Lunatic asylums in Bengal annual reports 1899-1911 - 1899-1911
Year: 1899
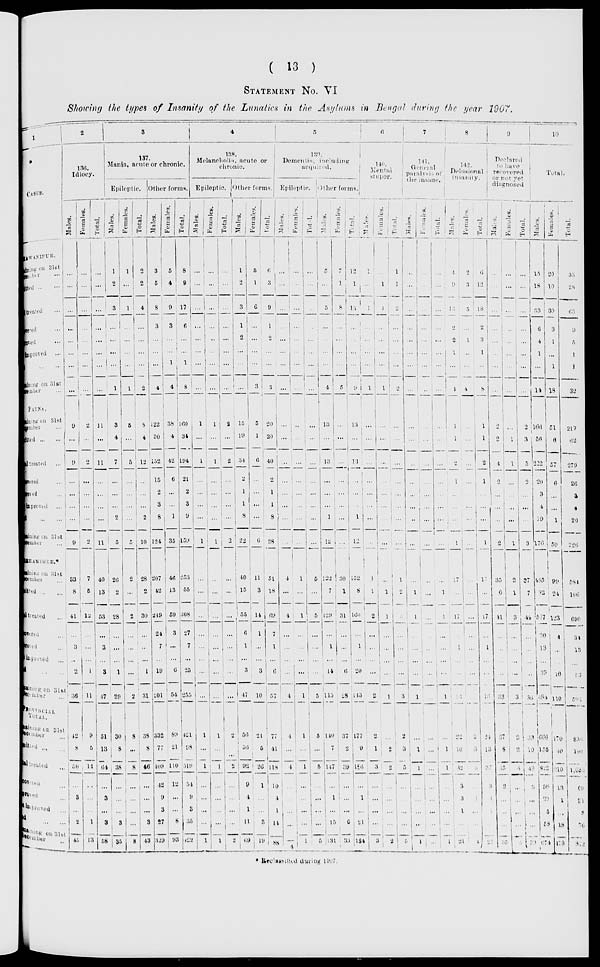
( 13 )
STATEMENT No. VI
Showing the types of Insanity of the Lunatics in the Asylums in Bengal during the year 1907.
1
CASES.
BHAWANIPUR.
Remaining on 31st
December . . .
Died ... ...
Total treated ...
Recovered ...
Improved ...
Not improved ...
Died ...
Remai ni ng on 31 st
December ...
PATNA.
Remaining
on 31st
December ...
Admitted ... ...
Total treated
...
Recovered ...
Improved ...
Not improved ...
Died ... ...
Remaining on 31 st
December ...
BERHAMPORE.
Remaining on 31st
December ...
Admitted ... ...
Total treated ...
Recovered ...
Improved ...
Not improved ...
Died ... ...
Remaining on 31st
December ...
PROVINCIAL
TOTAL.
Remaining on 31st
December ...
Admitted ... ...
Total treated ...
Recovered ...
Improved ...
Not improved ...
Died ... ...
Remaining on 31st
December ...
2
136.
Idiocy.
Males.
...
...
...
...
...
...
...
...
9
...
9
...
...
...
...
9
33
8
41
...
3
...
2
36
42
8
50
...
3
...
2
45
Females.
...
...
...
...
...
...
...
...
2
...
2
...
...
...
...
2
7
5
12
...
...
...
1
11
9
5
14
...
...
...
1
13
Total.
...
...
...
...
...
...
...
...
11
...
11
...
...
...
...
11
40
13
53
...
3
...
3
47
51
13
64
...
3
...
3
58
3
137.
Mania, acute or chronic.
Epileptic.
Males.
1
2
3
...
...
...
...
1
3
4
7
...
...
...
2
5
26
2
28
...
...
...
1
29
30
8
38
...
...
...
3
35
Females.
1
...
1
...
...
...
...
1
5
...
5
...
...
...
...
5
2
...
2
...
...
...
...
2
8
...
8
...
...
...
...
8
Total.
2
2
4
...
...
...
...
2
8
4
12
...
...
...
2
10
28
2
30
...
...
...
1
31
38
8
46
...
...
...
3
43
Other forms.
Males.
3
5
8
3
...
...
...
4
122
30
152
15
2
3
8
124
207
42
249
24
7
...
19
201
332
77
409
42
9
3
57
329
Females.
5
4
9
3
...
...
1
4
38
4
42
6
...
...
1
35
46
13
59
3
...
...
6
54
89
21
110
12
...
...
8
93
Total.
8
9
17
6
...
...
1
8
160
34
194
21
2
3
9
159
253
55
308
27
7
...
25
255
421
98
519
54
9
3
35
422
4
138.
Melancholia, acute or
chronic.
Epileptic.
Males.
...
...
...
...
...
...
...
...
1
...
1
...
...
...
...
1
...
...
...
...
...
...
...
...
1
...
1
...
...
...
...
1
Females.
...
...
...
...
...
...
...
...
1
...
1
...
...
...
...
1
...
...
...
...
...
...
...
...
1
...
1
...
...
...
1
Total.
...
...
...
...
...
...
...
...
2
...
2
...
...
...
...
2
...
...
...
...
...
...
...
...
2
...
2
...
...
...
...
2
Other forms.
Males.
1
2
3
1
2
...
...
...
15
19
34
2
1
1
8
22
40
15
55
6
1
...
3
47
56
36
92
9
4
1
11
69
Females.
5
1
6
...
...
...
...
3
5
1
6
...
...
...
...
6
11
3
14
1
...
...
3
10
21
5
26
1
...
...
3
19
Total.
6
3
9
1
2
...
...
3
20
20
40
2
1
1
8
28
51
18
69
7
1
...
6
57
77
41
118
10
4
1
14
88
5
130.
Dementia, including
acquired.
Epileptic.
Males.
...
...
...
...
...
...
...
...
...
...
...
...
...
...
...
...
4
...
4
...
...
...
...
4
4
...
4
...
...
...
...
4
Females.
...
...
...
...
...
...
...
...
...
...
...
...
...
...
...
...
1
...
1
...
...
...
...
1
1
...
1
...
...
...
...
1
Total.
...
...
...
...
...
...
...
...
...
...
...
...
...
...
...
...
5
...
5
...
...
...
...
5
5
...
5
...
...
...
...
5
Other forms.
Males.
5
...
5
...
...
...
...
4
13
...
13
...
...
...
1
12
122
7
129
...
1
...
14
115
140
7
147
...
1
...
15
131
Females.
7
1
8
...
...
...
...
5
...
...
...
...
...
...
...
...
30
1
31
...
...
...
6
28
37
2
39
...
...
...
6
33
Total.
12
1
13
...
...
...
...
9
13
...
13
...
...
...
1
12
152
8
160
...
1
...
20
143
177
9
186
...
1
...
21
184
6
140.
Mental
stupor.
Males.
1
...
1
...
...
...
...
1
...
...
...
...
...
...
...
...
l
1
2
...
...
...
...
2
2
1
3
...
...
...
...
3
Females.
...
1
1
...
...
...
...
1
...
...
...
...
...
...
...
...
...
1
1
...
...
...
...
1
...
2
2
...
...
...
...
2
Total.
1
1
2
...
...
...
...
2
...
...
...
...
...
...
...
...
1
2
...
...
...
...
...
3
2
3
5
...
...
...
...
5
7
141.
General
paralysis of
the insane.
Males.
...
...
...
...
...
...
...
...
...
...
...
...
...
...
...
...
...
1
1
...
...
...
...
1
...
1
1
...
...
...
...
1
Females.
...
...
...
...
...
...
...
...
...
...
...
...
...
...
...
...
...
...
...
...
...
...
...
...
...
...
...
...
...
...
...
...
Total.
...
...
...
...
...
...
...
...
...
...
...
...
...
...
...
...
...
1
1
...
...
...
...
1
...
1
1
...
...
...
...
1
8
142.
Delusional
insanity.
Males.
...
4
9
13
2
2
1
...
4
1
1
2
1
...
...
...
1
17
...
17
...
1
...
...
16
22
10
32
3
3
1
...
21
Females.
2
3
5
...
1
...
...
4
...
...
...
...
...
...
...
...
...
...
...
...
...
...
...
...
2
3
5
...
1
...
...
4
Total.
6
12
18
2
3
1
...
8
1
1
2
1
...
...
...
1
17
...
17
...
1
...
...
16
24
13
37
3
4
1
...
5
9
Declared
to have
recovered
or not yet
diagnosed
Males.
...
...
...
...
...
...
...
...
2
2
4
2
...
...
...
2
35
6
41
...
...
...
...
33
37
8
45
2
...
...
...
35
Females.
...
...
...
...
...
...
...
...
...
1
1
...
...
...
...
1
2
1
3
...
...
...
...
3
2
2
4
...
...
...
...
4
Total.
...
...
...
...
...
...
...
...
2
3
5
2
...
...
...
3
37
7
44
...
...
...
...
36
39
10
49
2
...
...
...
39
10
Total.
Males.
15
18
33
6
4
1
...
14
166
56
222
20
3
4
19
176
485
32
567
30
13
...
39
484
666
156
822
56
20
5
58
674
Females.
20
10
30
3
1
...
1
18
51
6
57
6
...
...
1
50
90
24
123
4
...
...
16
110
170
40
210
13
1
...
18
178
Total.
35
28
63
9
5
1
1
32
217
62
279
26
3
4
20
226
584
106
690
34
13
...
55
594
830
196
1,032
69
21
5
76
852
* Reclassified during 1907.